Civil Veterinary Department Bihar reports 1936-40 - 1936-1940
Year: 1936
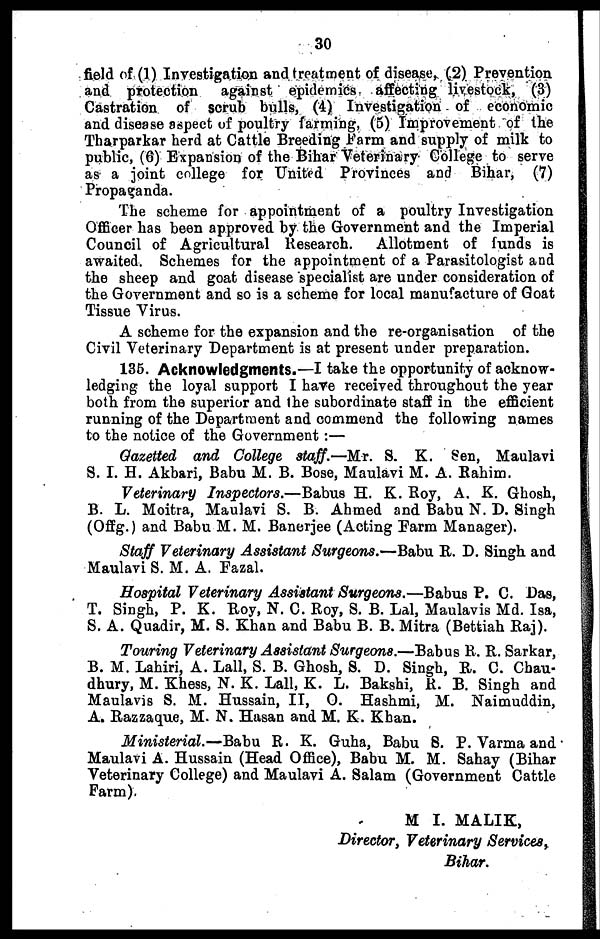
30
field of (1) Investigation and treatment of disease, (2) Prevention
and protection against epidemics affecting livestock, (3)
Castration of scrub bulls, (4) Investigation of economic
and disease aspect of poultry farming, (5) Improvement of the
Tharparkar herd at Cattle Breeding Farm and supply of milk to
public, (6) Expansion of the Bihar Veterinary College to serve
as a joint college for United Provinces and Bihar, (7)
Propaganda.
The scheme for appointment of a poultry Investigation
Officer has been approved by the Government and the Imperial
Council of Agricultural Research. Allotment of funds is
awaited. Schemes for the appointment of a Parasitologist and
the sheep and goat disease specialist are under consideration of
the Government and so is a scheme for local manufacture of Goat
Tissue Virus.
A scheme for the expansion and the re-organisation of the
Civil Veterinary Department is at present under preparation.
135. Acknowledgments.—I take the opportunity of acknow-
ledging the loyal support I have received throughout the year
both from the superior and the subordinate staff in the efficient
running of the Department and commend the following names
to the notice of the Government :—
Gazetted and College staff.—Mr. S. K. Sen, Maulavi
S. I. H. Akbari, Babu M. B. Bose, Maulavi M. A. Rahim.
Veterinary Inspectors.—Babus H. K. Roy, A. K. Ghosh,
B. L. Moitra, Maulavi S. B. Ahmed and Babu N. D. Singh
(Offg.) and Babu M. M. Banerjee (Acting Farm Manager).
Staff Veterinary Assistant Surgeons.—Babu R. D. Singh and
Maulavi S. M. A. Fazal.
Hospital Veterinary Assistant Surgeons.—Babus P. C. Das,
T. Singh, P. K. Roy, N. C. Roy, S. B. Lal, Maulavis Md. Isa,
S. A. Quadir, M. S. Khan and Babu B. B. Mitra (Bettiah Raj).
Touring Veterinary Assistant Surgeons.—Babus R. R. Sarkar,
B. M. Lahiri, A. Lall, S. B. Ghosh, S. D. Singh, R. C. Chau-
dhury, M. Khess, N. K. Lall, K. L. Bakshi, R. B. Singh and
Maulavis S. M. Hussain, H, O. Hashmi, M. Naimuddin,
A. Razzaque, M. N. Hasan and M. K. Khan.
Ministerial.—Babu R. K. Guha, Babu S. P. Varma and
Maulavi A. Hussain (Head Office), Babu M. M. Sahay (Bihar
Veterinary College) and Maulavi A. Salam (Government Cattle
Farm).
M I. MALIK,
Director, Veterinary Services,
Bihar.